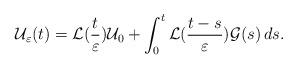
LaTeX: \begin{align*}\mathcal U_\varepsilon(t) = \mathcal L(\dfrac{t}{\varepsilon}) \mathcal U_0 + \int_0^t \mathcal L(\dfrac{t-s}{\varepsilon}) \mathcal G(s) \,ds.\end{align*}